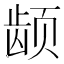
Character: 𬺂